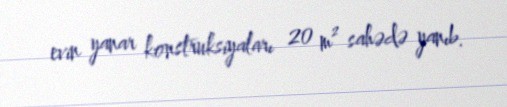
evin yanar konstruksiyaları 20 m² sahədə yanıb.